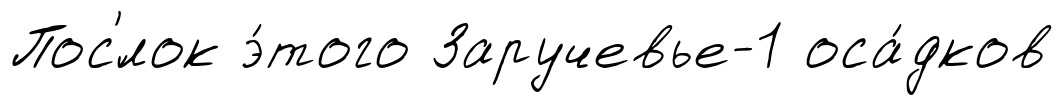
Пос'́лок э́того Заручевье-1 оса́дков